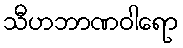
သီဟဘာဏဝါရော